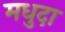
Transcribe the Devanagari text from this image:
मधुदा